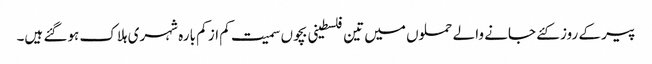
پیر کے روز کئے جانے والے حملوں میں تین فلسطینی بچوں سمیت کم از کم بارہ شہری ہلاک ہوگئے ہیں۔